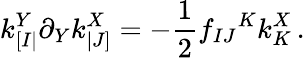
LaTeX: k_{[I|}^{Y}\partial_{Y}k_{|J]}^{X}=-\frac 12f_{IJ}{}^{K}k_{K}^{X}\, .